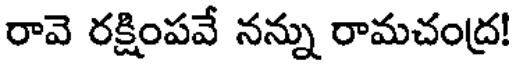
రావె రక్షింపవే నన్ను రామచంద్ర!